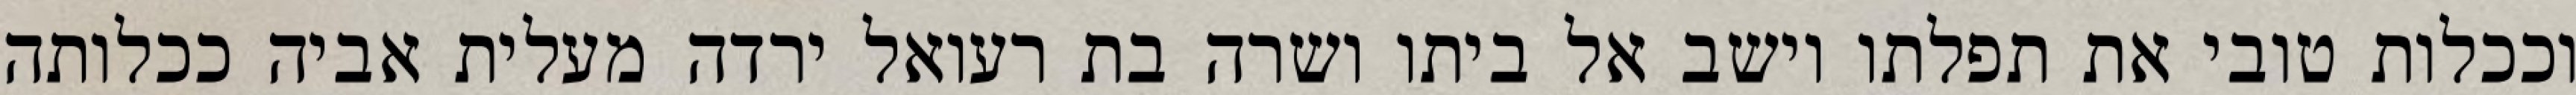
וככלות טובי את תפלתו וישב אל ביתו ושרה בת רעואל ירדה מעלית אביה ככלותה